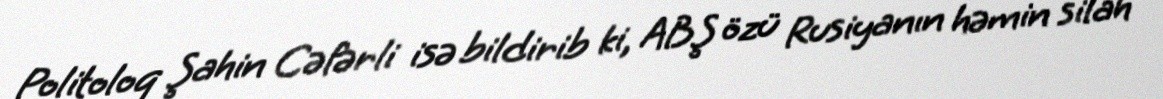
Politoloq Şahin Cəfərli isə bildirib ki, ABŞ özü Rusiyanın həmin silah